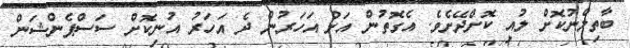
ބާތިލްނުކޮށް ލުއި ކޮށްދޭށެވެ. އެގޮތުން އަށް އަހަރުން ދެ އަހަރު އުނިކޮށް ސަސްޕެންޝަން